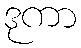
ဒုကာ